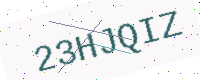
Text: 23HJQIZ